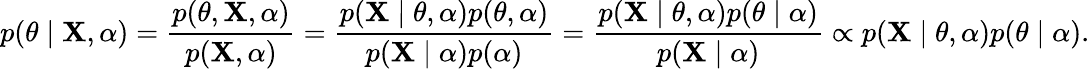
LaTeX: p(\theta\mid\mathbf{X},\alpha)={\frac{p(\theta,\mathbf{X},\alpha)}{p(\mathbf{X},\alpha)}}={\frac{p(\mathbf{X}\mid\theta,\alpha)p(\theta,\alpha)}{p(\mathbf{X}\mid\alpha)p(\alpha)}}={\frac{p(\mathbf{X}\mid\theta,\alpha)p(\theta\mid\alpha)}{p(\mathbf{X}\mid\alpha)}}\propto p(\mathbf{X}\mid\theta,\alpha)p(\theta\mid\alpha).